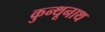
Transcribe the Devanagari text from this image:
कुन्थूनाथ